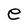
Character: e